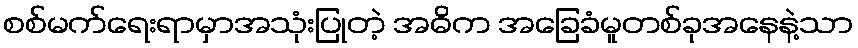
စစ်မက်ရေးရာမှာအသုံးပြုတဲ့ အဓိက အခြေခံမူတစ်ခုအနေနဲ့သာ